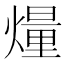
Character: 𤎲